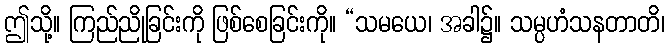
ဤသို့။ ကြည်ညိုခြင်းကို ဖြစ်စေခြင်းကို။ “သမယေ၊ အခါ၌။ သမ္ပဟံသနတာတိ၊